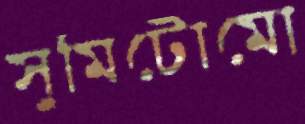
সুমিটোমো